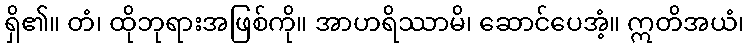
ရှိ၏။ တံ၊ ထိုဘုရားအဖြစ်ကို။ အာဟရိဿာမိ၊ ဆောင်ပေအံ့။ ဣတိအယံ၊